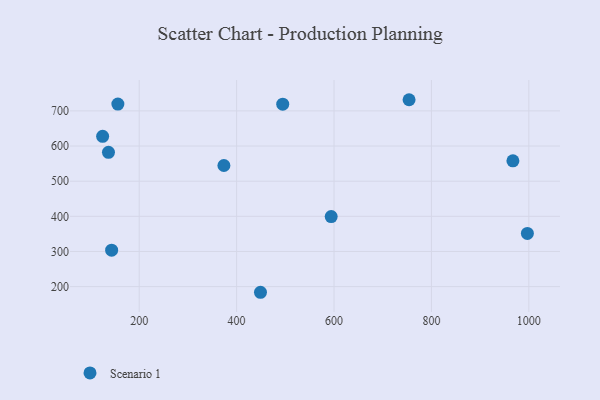
{"axis": {"x": "Engine Size", "y": "Rating"}, "legend": ["Scenario 1"], "data": [{"x": "143.4", "y": 303.6, "type": "Scenario 1"}, {"x": "494.7", "y": 719.0, "type": "Scenario 1"}, {"x": "373.9", "y": 544.6, "type": "Scenario 1"}, {"x": "594.2", "y": 399.4, "type": "Scenario 1"}, {"x": "754.1", "y": 731.8, "type": "Scenario 1"}, {"x": "967.3", "y": 557.9, "type": "Scenario 1"}, {"x": "449.0", "y": 183.9, "type": "Scenario 1"}, {"x": "136.9", "y": 582.0, "type": "Scenario 1"}, {"x": "156.2", "y": 719.4, "type": "Scenario 1"}, {"x": "997.0", "y": 351.4, "type": "Scenario 1"}, {"x": "124.9", "y": 627.6, "type": "Scenario 1"}]}